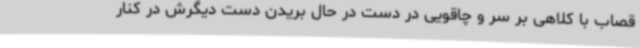
قصاب با کلاهی بر سر و چاقویی در دست در حال بریدن دست دیگرش در کنار